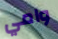
وامي